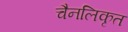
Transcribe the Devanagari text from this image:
चैनलिकृत